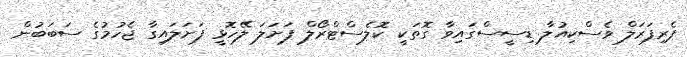
ޕެރިފަރަލް ވެސްކިއުލާ ޑިސީސްގައިވާ ގޮތަކީ ކޮލެސްޓްރޯލް ފަށަލަ ލޭހޮޅީ ފަށަލައިގާ ޖެހުމުގެ ސަބަބުން